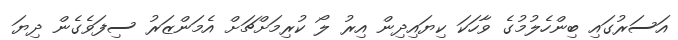
އަސަރުގައި ބިންހެލުމުގެ ވާހަކަ ކިޔައިދިން އިރު ލޯ ކުރިމަށްޗަށް އެމަންޒަރު ސިފަވެގެން ދިޔަ